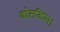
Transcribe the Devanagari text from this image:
ढोलकिया।